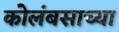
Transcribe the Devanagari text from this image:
कोलंबसाच्या